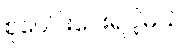
စုပေါင်းပေးရပါ့မယ်။